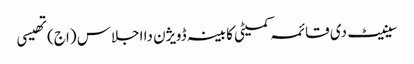
سینیٹ دی قائمہ کمیٹی کابینہ ڈویژن دا اجلاس (اج) تھیسی